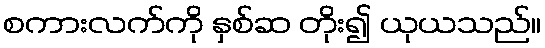
စကားလက်ကို နှစ်ဆ တိုး၍ ယုယသည်။